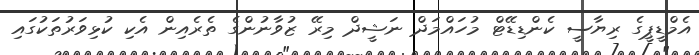
އެމްޑީޕީގެ ރިޔާސީ ކެންޑިޑޭޓް މުހައްމަދް ނަޝީދް މިރޭ ޒުވާނުންގެ ތެރެއިން އެކި ކުޅިވަރުތަކުގައި